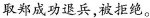
取郑成功退兵，被拒绝。